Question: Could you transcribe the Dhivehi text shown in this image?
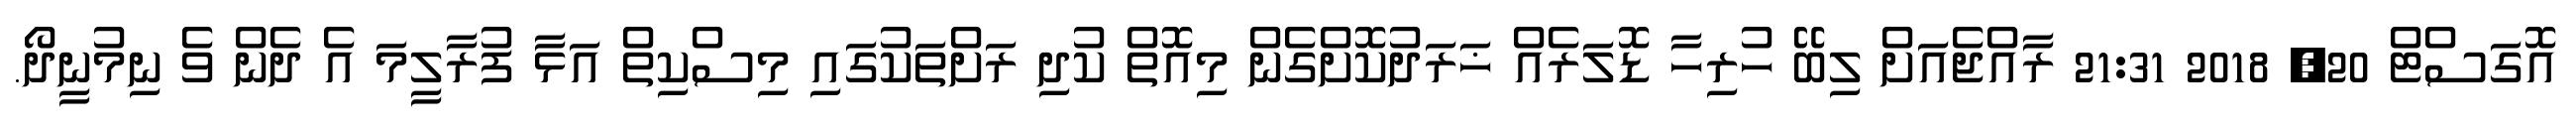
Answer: އޮގަސްޓް 20, 2018 21:31 ރާއްޖެއަށް ލިބޭ ހުރިހާ ޑޮލަރެއް ޚަރަދުކޮށްގެން މިއޮތް ކުދި ރަށްތަކުގައި މިސްކިތް އަޅާ ފުރާލީމަ އެ ދެން ވެ ނިމުނީދޯ.